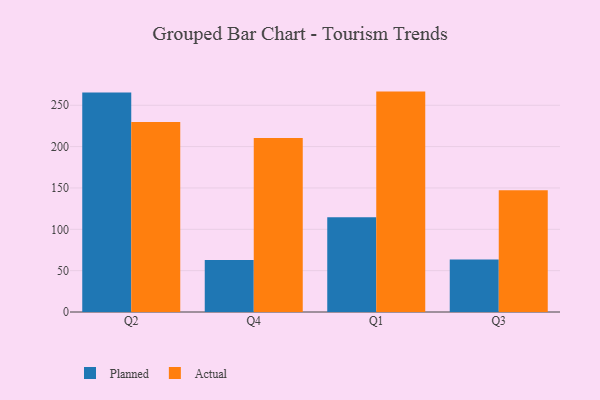
{"axis": {"x": "Quarter", "y": "Temperature (°C)"}, "legend": ["Actual", "Planned"], "data": [{"x": "Q2", "y": 265.3, "type": "Planned"}, {"x": "Q2", "y": 229.6, "type": "Actual"}, {"x": "Q4", "y": 62.9, "type": "Planned"}, {"x": "Q4", "y": 210.3, "type": "Actual"}, {"x": "Q1", "y": 114.5, "type": "Planned"}, {"x": "Q1", "y": 266.5, "type": "Actual"}, {"x": "Q3", "y": 63.4, "type": "Planned"}, {"x": "Q3", "y": 147.2, "type": "Actual"}]}